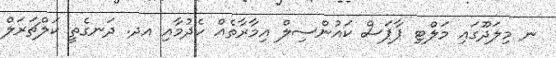
ނ މިލަދޫގައި މަލްޓި ޕާޕަސް ކައުންސިލް އިމާރާތެއް ހެދުމާއި އދ. ދަނގެތީ ކަލްޗަރަލް